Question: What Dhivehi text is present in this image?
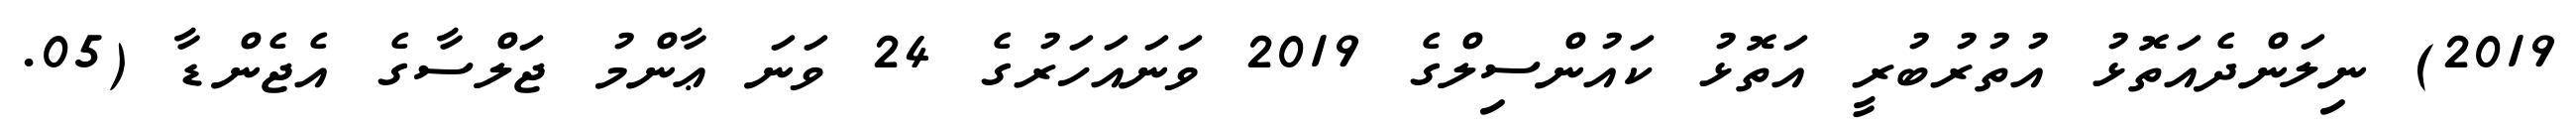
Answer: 2019) ނިލަންދެއަތޮޅު އުތުރުބުރީ އަތޮޅު ކައުންސިލްގެ 2019 ވަނައަހަރުގެ 24 ވަނަ ޢާންމު ޖަލްސާގެ އެޖެންޑާ (05.